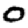
Digit: 0